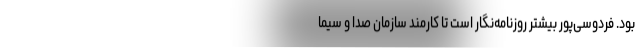
بود. فردوسی‌پور بیشتر روزنامه‌نگار است تا کارمند سازمان صدا و سیما